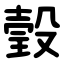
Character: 瑴